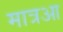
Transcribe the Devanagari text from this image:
मात्रआ